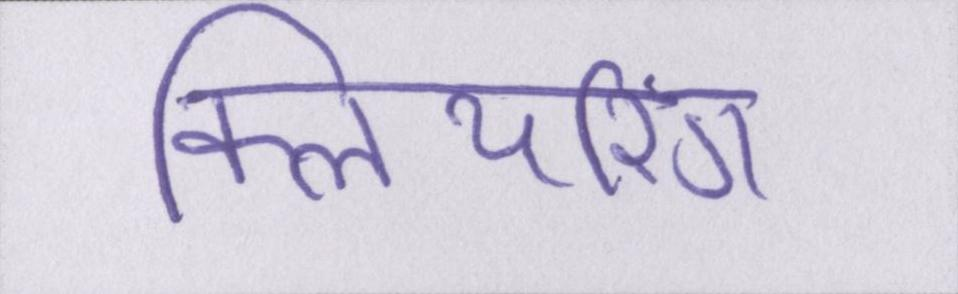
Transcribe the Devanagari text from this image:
क्लियरिंग